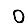
Digit: 0